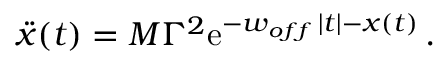
\ddot { x } ( t ) = M \Gamma ^ { 2 } \mathrm { e } ^ { - w _ { o f f } \, | t | - x ( t ) } \, .